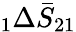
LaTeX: \phantom{}_{1}\Delta\bar{S}_{21}